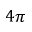
4 \pi